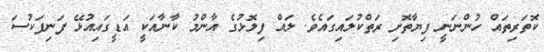
ކޮތަރިތައް ހުންނަނީ ފިޔާތޮށި ރަތްކުލައިގައެވެ. ލައް ފިލޮޅުގެ އާންމު ކާނާއަކީ އަޑީގައިއުޅޭ ފަނިފަކުސަ